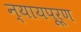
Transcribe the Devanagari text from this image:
न्‍यायपूर्ण